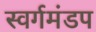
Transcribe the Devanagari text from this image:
स्वर्गमंडप